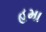
હમા